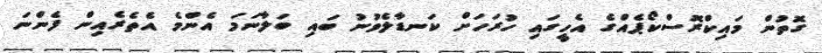
ގޮތުން މައިކްރޮސްކޯޕެއްގެ އެހީގައި ހުރަހަށް ކަނޑާލެވުނު ބައި ބަލާނަމަ އެންމެ އެތެރެއިން ފެންނަ